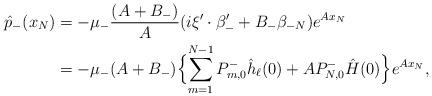
LaTeX: \begin{align*}\hat p_-(x_N) &= -\mu_{-}\frac{(A+B_-)}{A}(i\xi'\cdot\beta'_- + B_-\beta_{-N})e^{Ax_N} \\&= -\mu_-(A+B_-)\Bigl\{\sum_{m=1}^{N-1}P^-_{m, 0}\hat h_\ell(0)+ AP^-_{N,0}\hat H(0)\Bigr\}e^{Ax_N},\end{align*}